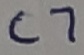
Text: C7